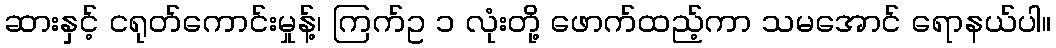
ဆားနှင့် ငရုတ်ကောင်းမှုန့်၊ ကြက်ဥ ၁ လုံးတို့ ဖောက်ထည့်ကာ သမအောင် ရောနယ်ပါ။